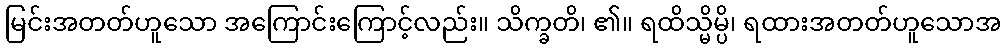
မြင်းအတတ်ဟူသော အကြောင်းကြောင့်လည်း။ သိက္ခတိ၊ ၏။ ရထိသ္မိမ္ပိ၊ ရထားအတတ်ဟူသောအ